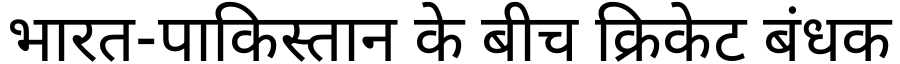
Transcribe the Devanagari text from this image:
भारत-पाकिस्तान के बीच क्रिकेट बंधक